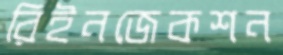
রিইনজেকশন